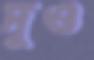
দুও